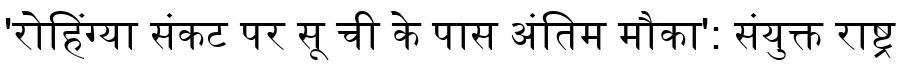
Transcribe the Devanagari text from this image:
'रोहिंग्या संकट पर सू ची के पास अंतिम मौका': संयुक्त राष्ट्र